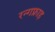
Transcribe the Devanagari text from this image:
रन्गफ्राह